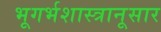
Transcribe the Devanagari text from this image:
भूगर्भशास्त्रानूसार